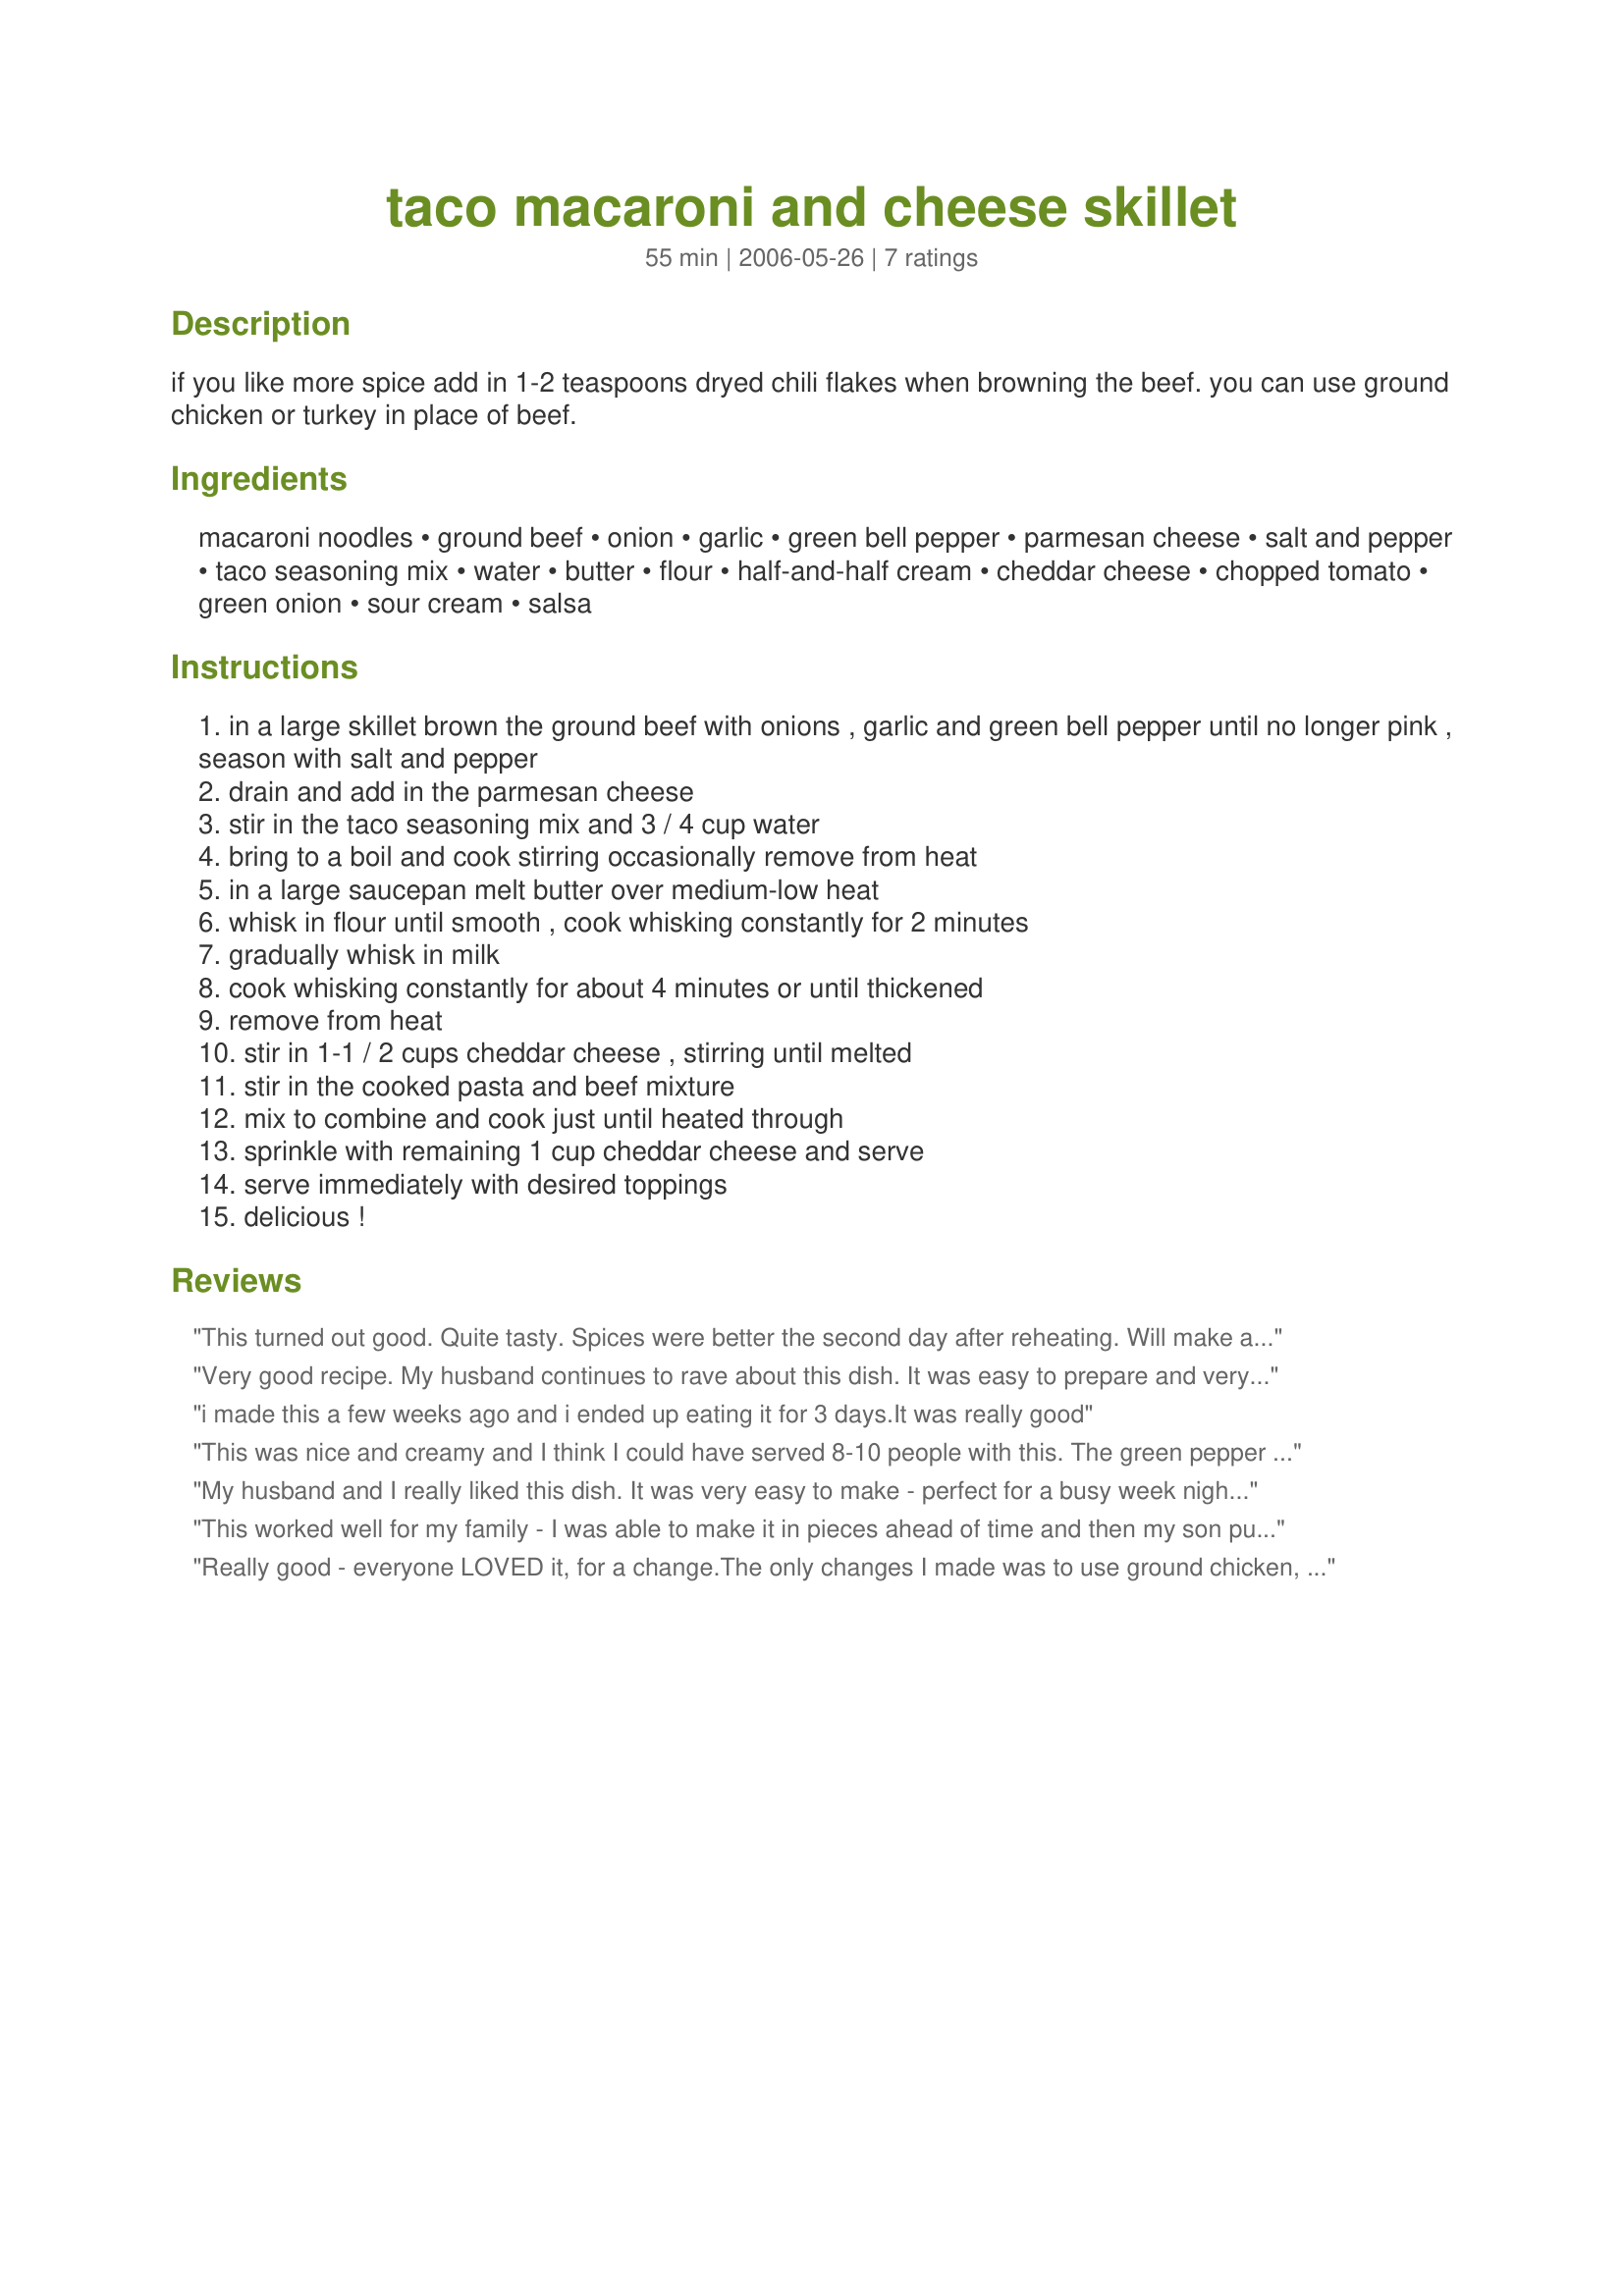
taco macaroni and cheese skillet
Preparation time: 55 minutes

if you like more spice add in 1-2 teaspoons dryed chili flakes when browning the beef. you can use ground chicken or turkey in place of beef.

Ingredients:
macaroni noodles, ground beef, onion, garlic, green bell pepper, parmesan cheese, salt and pepper, taco seasoning mix, water, butter, flour, half-and-half cream, cheddar cheese, chopped tomato, green onion, sour cream, salsa

Steps:
in a large skillet brown the ground beef with onions , garlic and green bell pepper until no longer pink , season with salt and pepper
drain and add in the parmesan cheese
stir in the taco seasoning mix and 3 / 4 cup water
bring to a boil and cook stirring occasionally remove from heat
in a large saucepan melt butter over medium-low heat
whisk in flour until smooth , cook whisking constantly for 2 minutes
gradually whisk in milk
cook whisking constantly for about 4 minutes or until thickened
remove from heat
stir in 1-1 / 2 cups cheddar cheese , stirring until melted
stir in the cooked pasta and beef mixture
mix to combine and cook just until heated through
sprinkle with remaining 1 cup cheddar cheese and serve
serve immediately with desired toppings
delicious !

Reviews:
This turned out good. Quite tasty. Spices were better the second day after reheating. Will make again. Thanks!
Very good recipe. My husband continues to rave about this dish. It was easy to prepare and very versatile--you can add whatever toppings you want. Thanks, Kitten!
i made this a few weeks ago and i ended up eating it for 3 days.It was really good
This was nice and creamy and I think I could have served 8-10 people with this. The green pepper was the dominant flavor in this dish but I enjoyed that. The kids even liked this. Thank you for sharing this recipe with us. Made for Zaar World Tour 2006
My husband and I really liked this dish. It was very easy to make - perfect for a busy week night. I followed the directions exactly and didn't make any changes. Thanks for posting.
This worked well for my family - I was able to make it in pieces ahead of time and then my son put it all together for dinner when I was out of town. Quick and tasty. Thanks for posting!
Really good - everyone LOVED it, for a change.The only changes I made was to use ground chicken, and small shells instead of macaroni.I also added some diced green chilies. Served it with chopped fresh tomato and sour cream. I will be making this again. Thanks!
